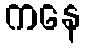
ကနေ